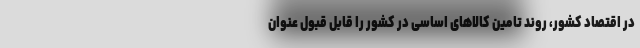
در اقتصاد کشور، روند تامین کالاهای اساسی در کشور را قابل قبول عنوان